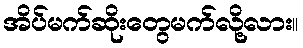
အိပ်မက်ဆိုးတွေမက်လို့လား။